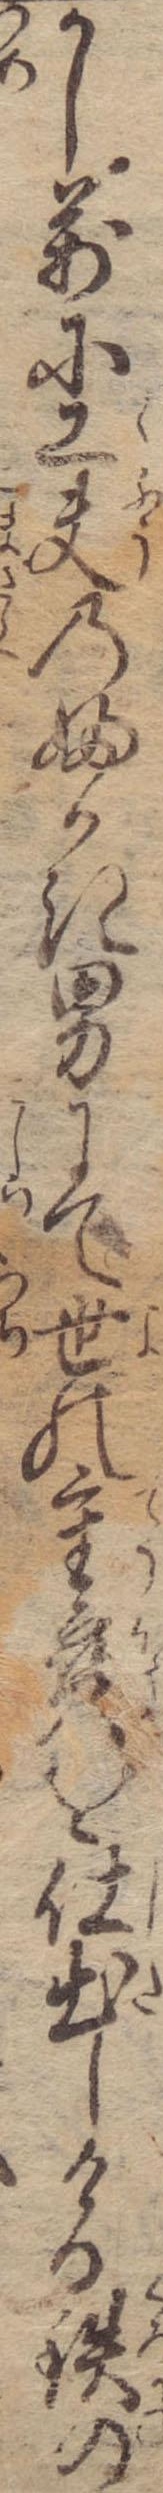
かし万に工夫のふかき男にて世の重宝を仕出しける鉄の